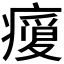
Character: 𭼬